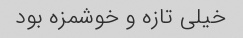
خیلی تازه و خوشمزه بود